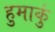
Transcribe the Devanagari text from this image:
हुमाकुं